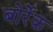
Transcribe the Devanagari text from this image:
बोर्रेक